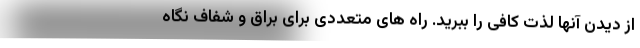
از دیدن آنها لذت کافی را ببرید. راه های متعددی برای براق و شفاف نگاه